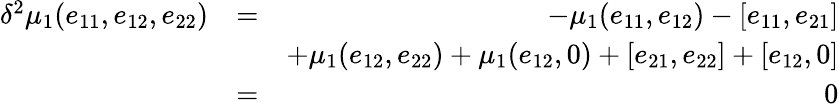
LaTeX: \begin{array}{rlr}{\delta^{2}\mu_{1}(e_{11},e_{12},e_{22})}&{=}&{-\mu_{1}(e_{11},e_{12})-[e_{11},e_{21}]}\\ &{}&{+\mu_{1}(e_{12},e_{22})+\mu_{1}(e_{12},0)+[e_{21},e_{22}]+[e_{12},0]}\\ &{=}&{0}\end{array}